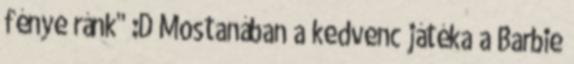
fénye ránk" :D Mostanában a kedvenc játéka a Barbie